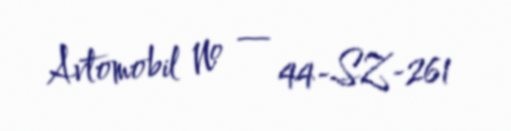
Avtomobil № — 44-SZ-261